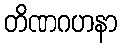
တိဏဂဟနာ